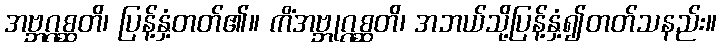
အဗ္ဘဂ္ဂစ္ဆတိ၊ ပြန့်နှံ့တတ်၏။ ကိံအဗ္ဘုဂ္ဂစ္ဆတိ၊ အဘယ်သို့ပြန့်နှံ့၍တတ်သနည်း။